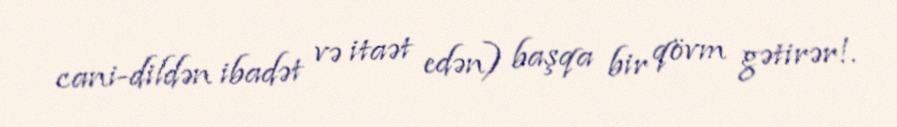
cani-dildən ibadət və itaət edən) başqa bir qövm gətirər!.